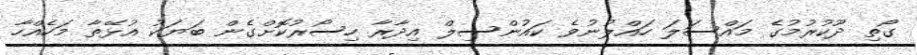
ގޯތި ދޫކުރުމުގެ މައްސަލަ ހައްލުނުވެ ކައުންސިލް އިދާރާ ހިސޯރުކޮށްގެން ބަޔަކު އުޅޭތާ މަހެއްހާ